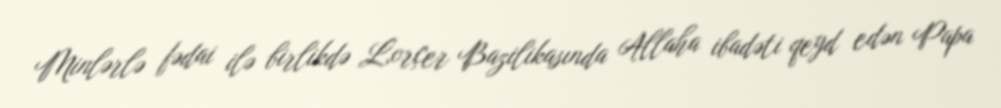
Minlərlə fədai ilə birlikdə Lorçer Bazilikasında Allaha ibadəti qeyd edən Papa